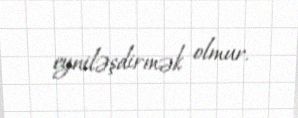
eyniləşdirmək olmur.